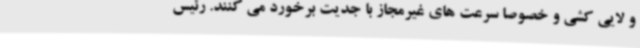
و لایی کشی و خصوصاً سرعت های غیرمجاز با جدیت برخورد می کنند. رئیس